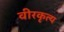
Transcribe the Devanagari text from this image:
वीरकृत्य